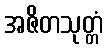
အဇိတသုတ္တံ